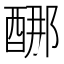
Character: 𰼈